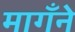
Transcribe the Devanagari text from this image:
मागँने